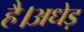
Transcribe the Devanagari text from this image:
है।अधेड़